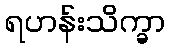
ရဟန်းသိက္ခာ